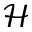
\mathcal H